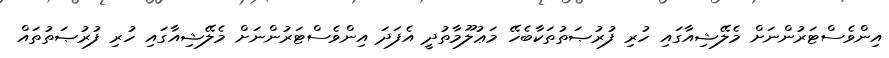
އިންވެސްޓަރުންނަށް މެލޭޝިއާގައި ހުރި ފުރުޞަތުތަކާބެހޭ މަޢުލޫމާތުދީ އެފަދަ އިންވެސްޓަރުންނަށް މެލޭޝިއާގައި ހުރި ފުރުޞަތުތައް